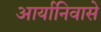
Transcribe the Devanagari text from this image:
आर्यानिवासे